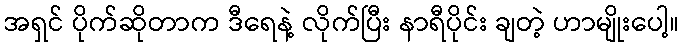
အရှင် ပိုက်ဆိုတာက ဒီရေနဲ့ လိုက်ပြီး နာရီပိုင်း ချတဲ့ ဟာမျိုးပေါ့။